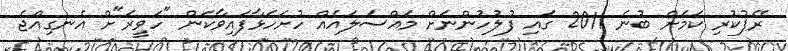
ރޭޕުކުރި ކަމަށް ބުނެ 2011 ގައި ފުލުހުންނަށް މައްސަލައެއް ހުށަހަޅާފައިވާކަން "ހަވީރަ"ށް އެނގިއްޖެ